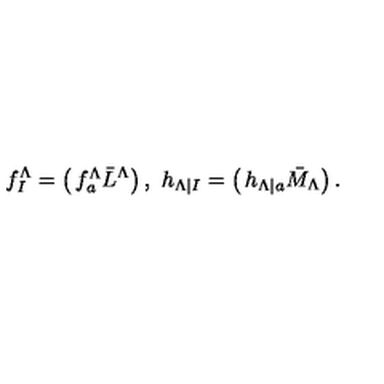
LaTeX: f _ { I } ^ { \Lambda } = \left( \begin{matrix} { f _ { a } ^ { \Lambda } } \\ { \bar { L } ^ { \Lambda } } \\ \end{matrix} \right) , \ h _ { \Lambda | I } = \left( \begin{matrix} { h _ { \Lambda | a } } \\ { \bar { M } _ { \Lambda } } \\ \end{matrix} \right) .